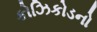
કોઝિકોડનો